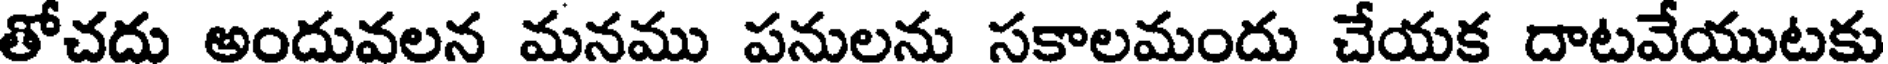
తోచదు అందువలన మనము పనులను సకాలమందు చేయక దాటవేయుటకు